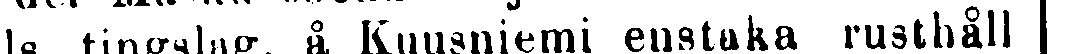
ls tingslag, å, Kuusniemi enstaka rusthåll |